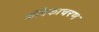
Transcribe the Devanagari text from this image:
अंबिकाचरण